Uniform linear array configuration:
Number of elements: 4
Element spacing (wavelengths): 0.25
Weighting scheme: hann
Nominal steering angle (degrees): -60
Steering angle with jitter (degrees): -59.666
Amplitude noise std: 0.05
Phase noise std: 0.05

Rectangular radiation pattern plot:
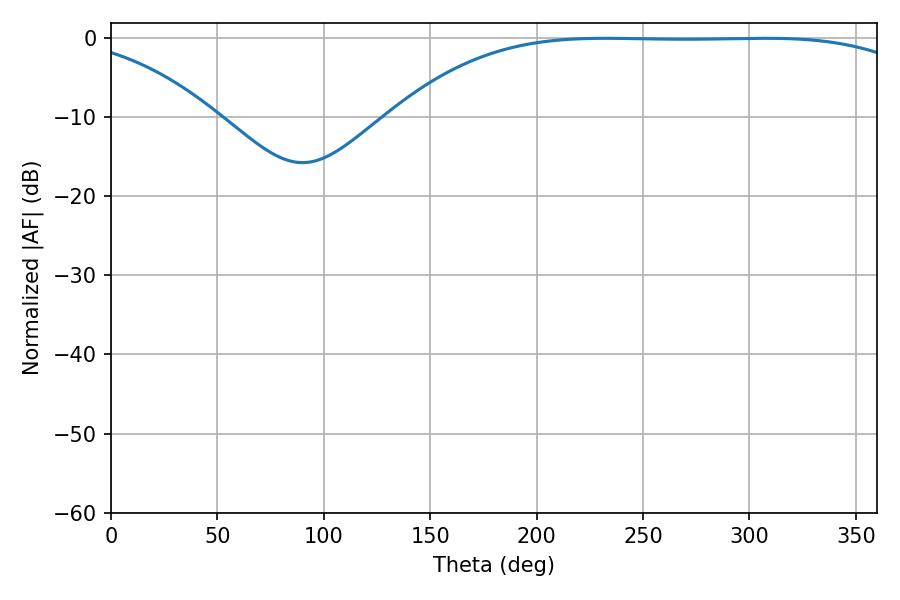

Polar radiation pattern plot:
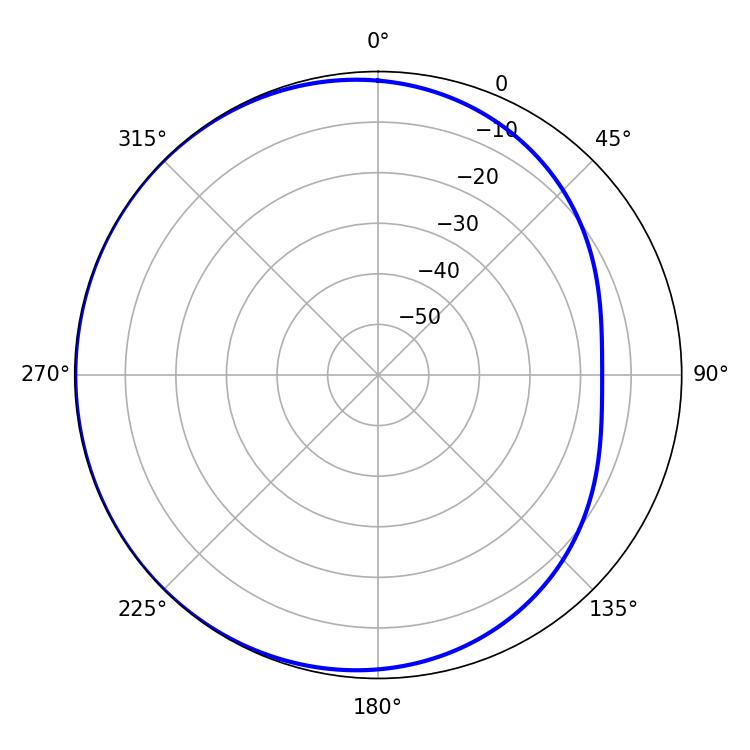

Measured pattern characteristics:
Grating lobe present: FALSE
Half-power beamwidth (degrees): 191.88
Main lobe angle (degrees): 232.56